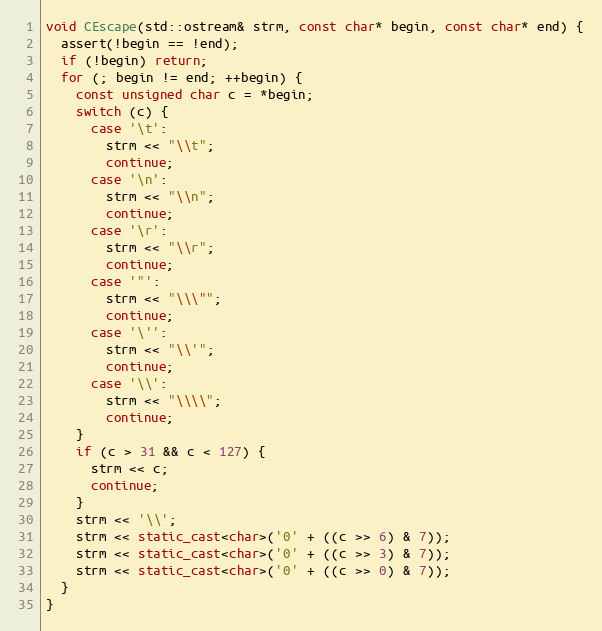
Language: C++
void CEscape(std::ostream& strm, const char* begin, const char* end) {
  assert(!begin == !end);
  if (!begin) return;
  for (; begin != end; ++begin) {
    const unsigned char c = *begin;
    switch (c) {
      case '\t':
        strm << "\\t";
        continue;
      case '\n':
        strm << "\\n";
        continue;
      case '\r':
        strm << "\\r";
        continue;
      case '"':
        strm << "\\\"";
        continue;
      case '\'':
        strm << "\\'";
        continue;
      case '\\':
        strm << "\\\\";
        continue;
    }
    if (c > 31 && c < 127) {
      strm << c;
      continue;
    }
    strm << '\\';
    strm << static_cast<char>('0' + ((c >> 6) & 7));
    strm << static_cast<char>('0' + ((c >> 3) & 7));
    strm << static_cast<char>('0' + ((c >> 0) & 7));
  }
}